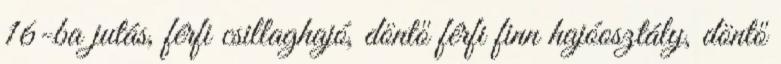
16-ba jutás, férfi csillaghajó, döntő férfi finn hajóosztály, döntő